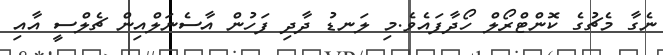
ނެގާ މެޗުގެ ކޮންޓްރޯލް ހޯދާފައެވެ.މި ލަނޑު ދާދި ފަހުން އާސެނަލްއިން ޗެލްސީ އާއި